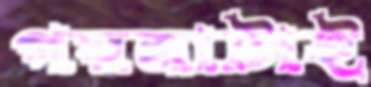
গয়নাটাই